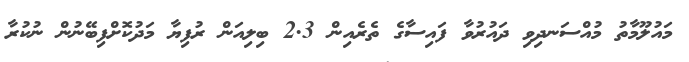
މައުލޫމާތު މުއްސަނދިވި ދައުރުވާ ފައިސާގެ ތެރެއިން 2.3 ބިލިއަން ރުފިޔާ މަދުކޮށްފިބޭނުން ނުކުރާ